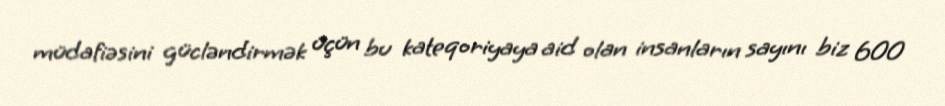
müdafiəsini gücləndirmək üçün bu kateqoriyaya aid olan insanların sayını biz 600